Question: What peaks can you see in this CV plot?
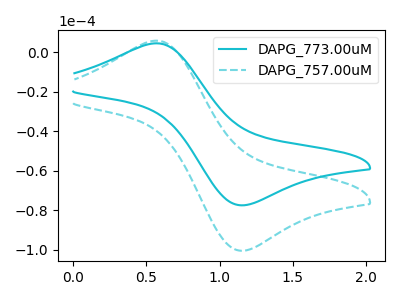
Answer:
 <answer>The cyan curve "DAPG_773.00uM" has an anodic peak at (0.55V, 4.50uA) and a cathodic peak at (1.15V, -77.40uA). The cyan dashed curve "DAPG_757.00uM" has an anodic peak at (0.55V, 5.80uA) and a cathodic peak at (1.15V, -100.40uA).</answer>
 <eval></eval>